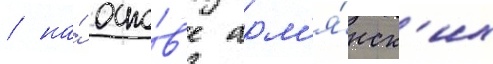
/ на́ осно́в'е арм'я́нск'их